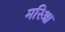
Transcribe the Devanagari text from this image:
मरिआ